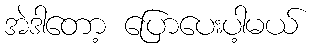
အဲဒါတော့ ပြောပေးပါ့မယ်